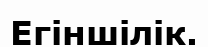
Егіншілік.